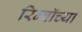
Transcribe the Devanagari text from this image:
रिम्बॉच्या